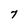
Character: 7